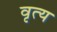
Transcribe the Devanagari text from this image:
वृत्य